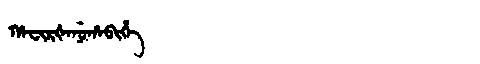
Manchu: ᡥᠠᠸᡳᡵᡧᠠᠨᡠᡥᠠᠪᡳᡥᡝ
Romanization: HAFIRŠANUHABIHE